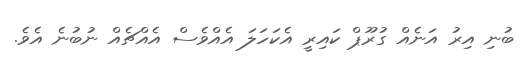
ބުނި އިރު އަނެއް ގުރޫޕް ކައިރީ އެކަހަލަ އެއްވެސް އެއްޗެއް ނުބުނެ އެވެ.